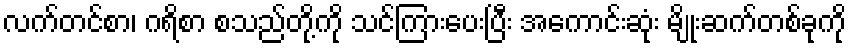
လက်တင်စာ၊ ဂရိစာ စသည်တို့ကို သင်ကြားပေးပြီး အကောင်းဆုံး မျိုးဆက်တစ်ခုကို